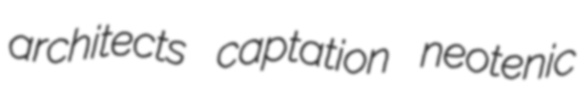
architects captation neotenic